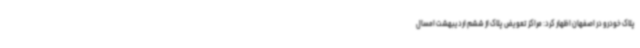
پلاک خودرو در اصفهان اظهار کرد: مراکز تعویض پلاک از ششم اردیبهشت امسال